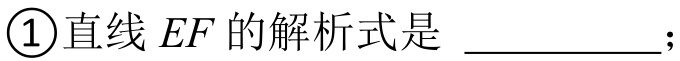
\textcircled{1}直线 \(EF\) 的解析式是 \_\_\_\_\_\_\_\_；